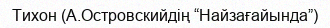
Тихон (А.Островскийдің “Найзағайында”)